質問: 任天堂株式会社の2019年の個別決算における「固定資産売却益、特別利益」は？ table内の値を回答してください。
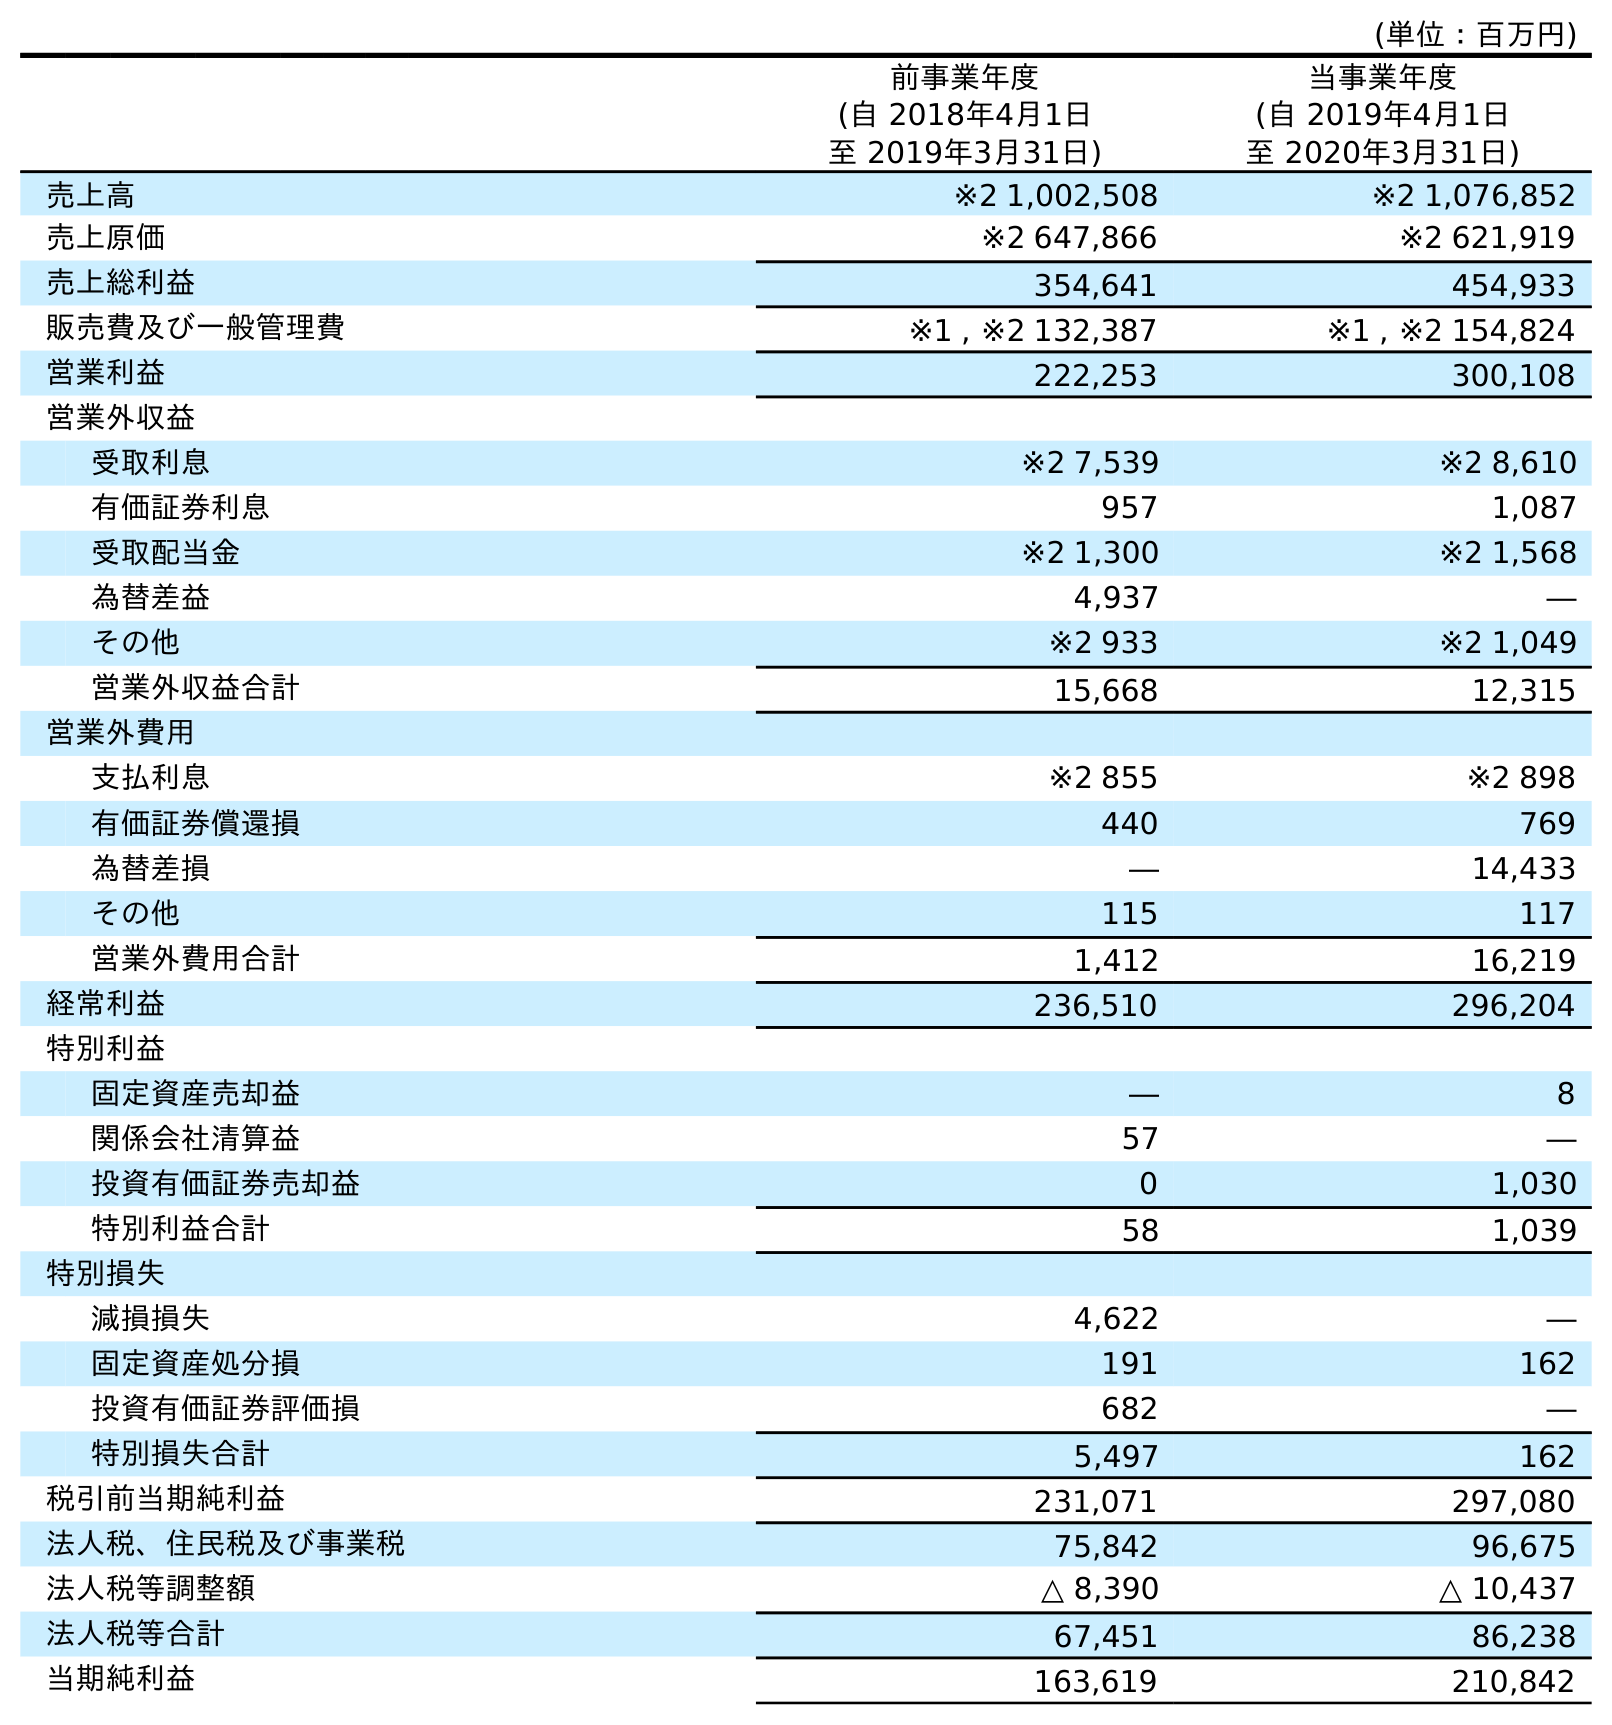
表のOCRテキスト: (単位：百万円) 前事業年度 (自 2018年4月1日 至 2019年3月31日) 当事業年度 (自 2019年4月1日 至 2020年3月31日) 売上高 ※2 1,002,508 ※2 1,076,852 売上原価 ※2 647,866 ※2 621,919 売上総利益 354,641 454,933 販売費及び一般管理費 ※1 , ※2 132,387 ※1 , ※2 154,824 営業利益 222,253 300,108 営業外収益 受取利息 ※2 7,539 ※2 8,610 有価証券利息 957 1,087 受取配当金 ※2 1,300 ※2 1,568 為替差益 4,937 ― その他 ※2 933 ※2 1,049 営業外収益合計 15,668 12,315 営業外費用 支払利息 ※2 855 ※2 898 有価証券償還損 440 769 為替差損 ― 14,433 その他 115 117 営業外費用合計 1,412 16,219 経常利益 236,510 296,204 特別利益 固定資産売却益 ― 8 関係会社清算益 57 ― 投資有価証券売却益 0 1,030 特別利益合計 58 1,039 特別損失 減損損失 4,622 ― 固定資産処分損 191 162 投資有価証券評価損 682 ― 特別損失合計 5,497 162 税引前当期純利益 231,071 297,080 法人税、住民税及び事業税 75,842 96,675 法人税等調整額 △ 8,390 △ 10,437 法人税等合計 67,451 86,238 当期純利益 163,619 210,842
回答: ―